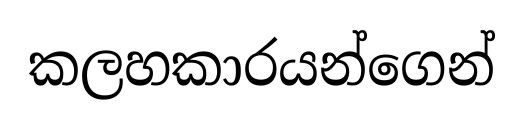
කලහකාරයන්ගෙන්